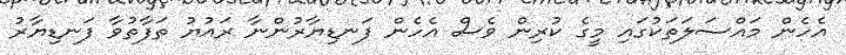
އެހެން މައްސަލަތަކުގައި މީގެ ކުރިން ވެސް އެހެން ފަނޑިޔާރުންނާ ރައުޔު ތަފާތުވާ ފަނޑިޔާރު